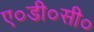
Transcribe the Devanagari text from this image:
ए०डी०सी०